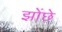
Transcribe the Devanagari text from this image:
झोंछे